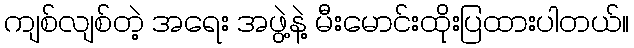
ကျစ်လျစ်တဲ့ အရေး အဖွဲ့နဲ့ မီးမောင်းထိုးပြထားပါတယ်။